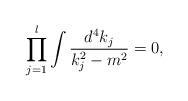
LaTeX: \begin{align*}\prod_{j=1}^{l}\int\frac{d^4k_j}{k_j^2-m^2}=0,\end{align*}